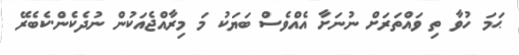
ޙަމަ ހުވާ ތި ވައްތަރަށް ނުނަށާ އެއްވެސް ބަޔަކު މަ މިރާއްޖެއަކުން ނުދެކެން.ކެބެރޭ